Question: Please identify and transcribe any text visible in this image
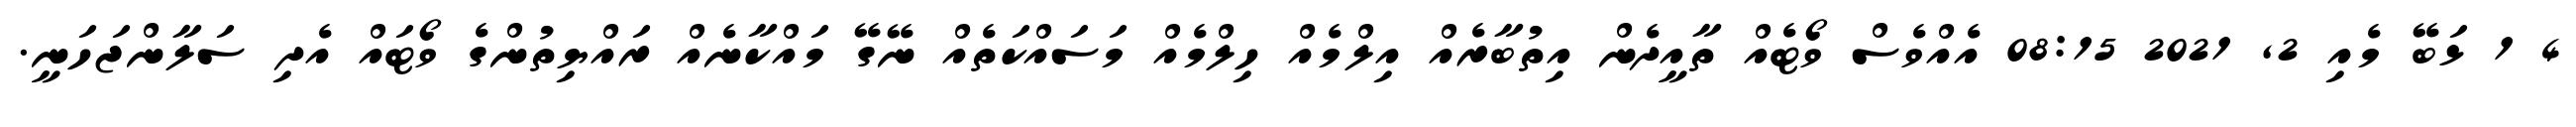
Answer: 4 1 ޅަބޭ މެއި 2, 2021 08:15 އެއްވެސް ވޯޓެއް ތާއީދެން އިތުބާރެއް އިލްމެއް ހިލްމެއް މަސައްކަތެއް ނޭގޭ މައްކާނެއް ރައްޔިތުންގެ ވޯޓައް އެދި ސަލާންޖަހަނީ.